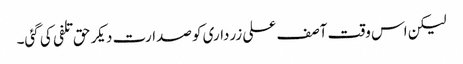
لیکن اس وقت آصف علی زرداری کو صدارت دیکر حق تلفی کی گئی۔